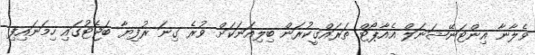
ވެލާނާ އިންޓަނޭޝަނަލް އެއާޕޯޓް ތަރައްގީކުރަން ބިލިއަނަކަށް ވުރެ ގިނަ ރުފިޔާ ބަޖެޓުގައި ހިމަނައިފި